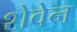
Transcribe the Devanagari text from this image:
शेवेन